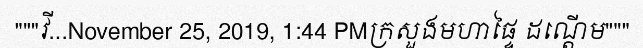
"""វី...November 25, 2019, 1:44 PMក្រសួងមហាផ្ទៃ ដណ្តើម"""